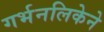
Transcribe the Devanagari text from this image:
गर्भनलिकेने